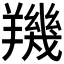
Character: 𦏑